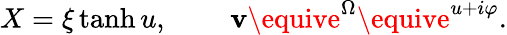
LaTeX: X=\xi\operatorname{tanh}u,\, \qquad\mathbf{v}\equive^{\Omega}\equive^{u+i\varphi}.